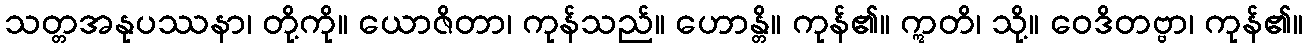
သတ္တအနုပဿနာ၊ တို့ကို။ ယောဇိတာ၊ ကုန်သည်။ ဟောန္တိ။ ကုန်၏။ ဣတိ၊ သို့။ ဝေဒိတဗ္ဗာ၊ ကုန်၏။